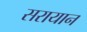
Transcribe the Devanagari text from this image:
सरायान